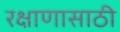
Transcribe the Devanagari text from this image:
रक्षाणासाठी